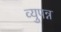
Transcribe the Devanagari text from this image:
व्युपन्न